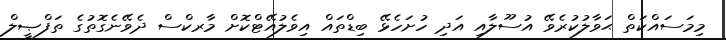
މިމަސައްކަތް ޙަވާލުކުރެވޭ އުސޫލާއި އަދި ހުށަހެޅޭ ބިޑްތައް އިވެލުއޭޓްކޮށް މާރކްސް ދެވޭނެގޮތުގެ ތަފްޞީލް